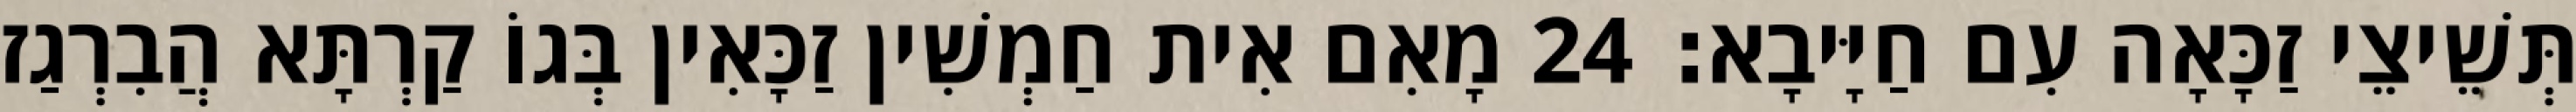
תְּשֵׁיצֵי זַכָּאָה עִם חַיָּיבָא׃ 24 מָאִם אִית חַמְשִׁין זַכָּאִין בְּגוֹ קַרְתָּא הֲבִרְגַז